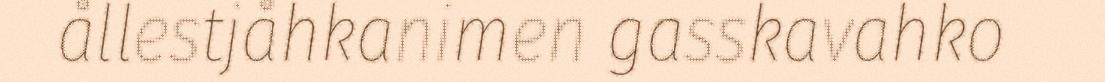
ållestjåhkanimen gasskavahko